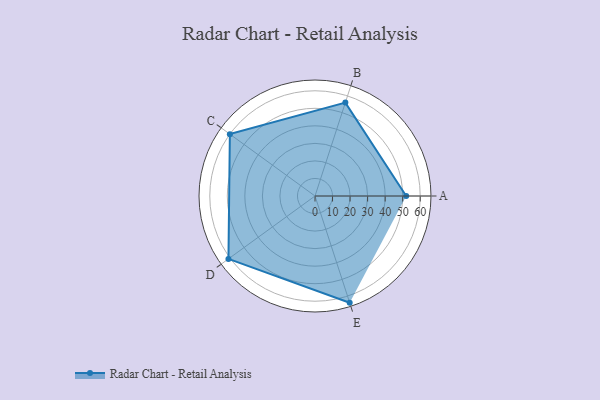
{"axis": {"x": "Skill", "y": "Score"}, "legend": ["Profile"], "data": [{"x": "A", "y": 52.0, "type": "Profile"}, {"x": "B", "y": 56.0, "type": "Profile"}, {"x": "C", "y": 60.0, "type": "Profile"}, {"x": "D", "y": 61.0, "type": "Profile"}, {"x": "E", "y": 64.0, "type": "Profile"}]}